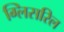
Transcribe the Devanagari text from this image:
ग्लिसरिल